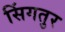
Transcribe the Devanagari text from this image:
सिंगतुर